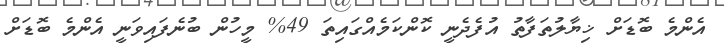
އެންމެ ބޮޑަށް ޚިޔާލުތަފާތު އުފެދެނީ ކޮންކަމެއްގައިތަ 49% މީހުން ބުނެފައިވަނީ އެންމެ ބޮޑަށް